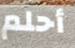
أحلم